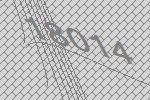
18014